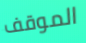
الموقف